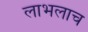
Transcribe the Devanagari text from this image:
लाभलाच